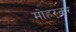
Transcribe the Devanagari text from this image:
मोहरकर